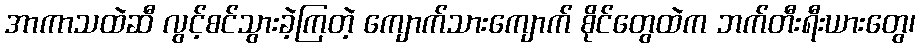
အာကာသထဲဆီ လွင့်စင်သွားခဲ့ကြတဲ့ ကျောက်သားကျောက် စိုင်တွေထဲက ဘက်တီးရီးယားတွေ၊